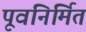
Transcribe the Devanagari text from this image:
पूवनिर्मित